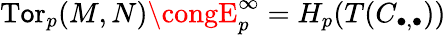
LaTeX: \operatorname{T\mathsf{o}r}_{p}(M,N)\congE_{p}^{\infty}=H_{p}(T(C_{\bullet,\bullet}))